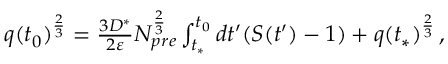
\begin{array} { r } { q ( t _ { 0 } ) ^ { \frac { 2 } { 3 } } = \frac { 3 D ^ { * } } { 2 { \varepsilon } } N _ { p r e } ^ { \frac { 2 } { 3 } } \int _ { t _ { * } } ^ { t _ { 0 } } d t ^ { \prime } ( S ( t ^ { \prime } ) - 1 ) + q ( t _ { * } ) ^ { \frac { 2 } { 3 } } \, , } \end{array}